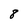
Character: 8